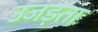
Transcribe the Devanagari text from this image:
उजड़ता